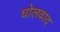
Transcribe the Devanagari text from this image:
घोलवाद